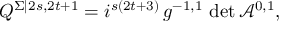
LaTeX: Q ^ { \Sigma | 2 s , 2 t + 1 } = i ^ { s ( 2 t + 3 ) } \, g ^ { - 1 , 1 } \, \operatorname * { d e t } \mathcal { A } ^ { 0 , 1 } ,